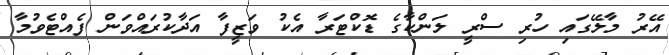
އޭރު މާލޭގައި ހުރި ސްރީ ލަންކާގެ ޑޮކްޓަރާ އެކު ވަޒީފާ އަދާކުރައްވަން ފެއްޓެވުމާ